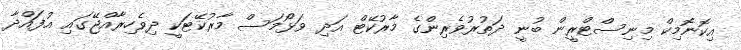
އިކޮނޮމިކް މިނިސްޓްރީން ބުނީ ދަތުރުވެރިންގެ މާރުކޭޓް އަދި ވަޅޯމަސް މާރުކޭޓަކީ ދިވެހިރާއްޖޭގައި އުފައްދާ